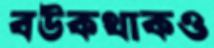
বউকথাকও